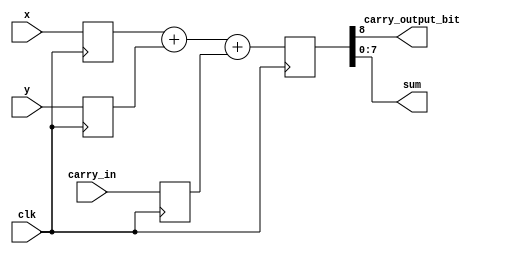
module adder_reg(
  input        clk,
  input [7:0]  x,
  input [7:0]  y,
  input        carry_in,
  output       carry_output_bit,
  output [7:0] sum
);

  reg [8:0]    full_sum_reg;
  reg [7:0]    x_reg;
  reg [7:0]    y_reg;
  reg          carry_in_reg;

  assign carry_output_bit = full_sum_reg[8];
  assign sum = full_sum_reg[7:0];

  always @(posedge clk)
    begin
      x_reg <= x;
      y_reg <= y;
      carry_in_reg <= carry_in;
      full_sum_reg <= x_reg + y_reg + carry_in_reg;
    end

endmodule